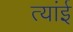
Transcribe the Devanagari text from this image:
त्यांई